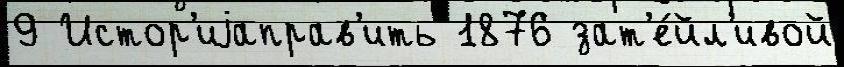
9 Истор'иjаправ'ить 1876 зат'е́йл'ивой